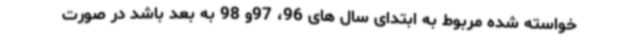
خواسته شده مربوط به ابتدای سال های 96، 97و 98 به بعد باشد در صورت